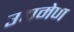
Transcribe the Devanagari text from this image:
उद्यमेण